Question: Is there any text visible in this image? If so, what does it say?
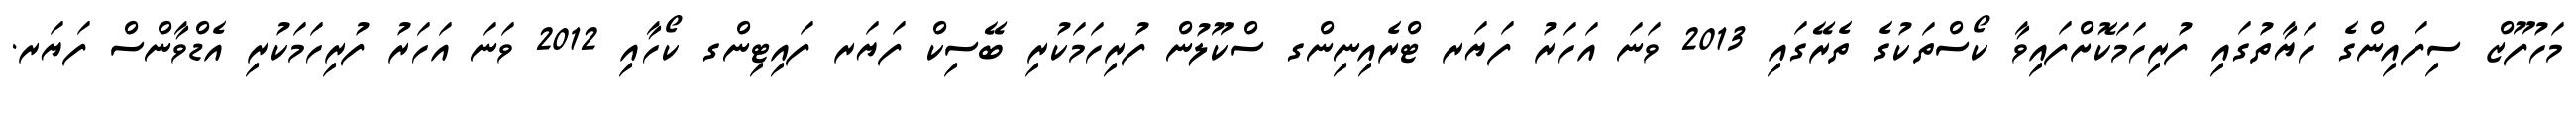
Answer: މަހުފޫޒް ސިފައިންގެ ހަޔާތުގައި ފުރިހަމަކޮށްފައިވާ ކޯސްތަކުގެ ތެރޭގައި 2013 ވަނަ އަހަރު ފަޔަރ ޓްރެއިނިންގ ސްކޫލުން ފުރިހަމަކުރި ބޭސިކް ފަޔަރ ފައިޓިންގ ކޯހާއި 2012 ވަނަ އަހަރު ފުރިހަމަކުރި އެޑްވާންސް ފަޔަރ.